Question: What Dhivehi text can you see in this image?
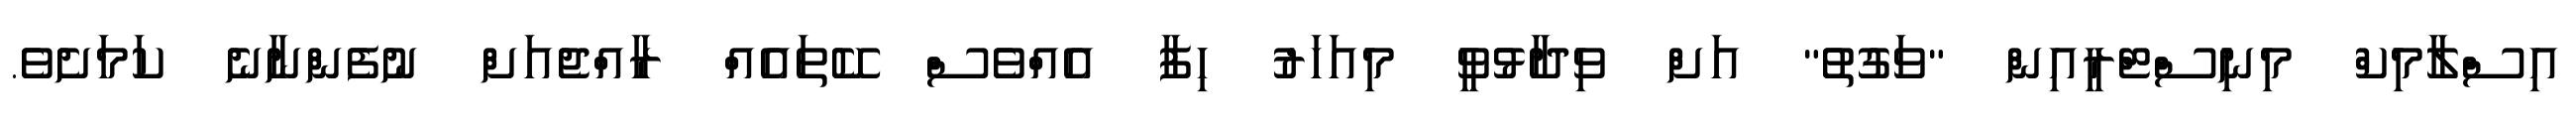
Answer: އިސްލާމިކް މިނިސްޓްރީއިން "ވަގުތު" އަށް ވިދާޅުވީ މިއަހަރު ހިފާ އެއްވެސް ކޭތައެއް ރާއްޖެއަށް ނުފެންނާނެ ކަމަށެވެ.